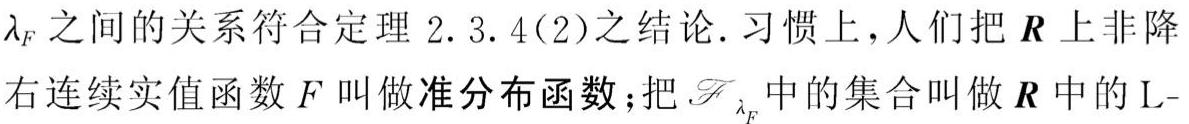
$\lambda_F$ 之间的关系符合定理 2.3.4(2)之结论. 习惯上, 人们把 $\boldsymbol{R}$ 上非降右连续实值函数 $F$ 叫做准分布函数; 把 $\mathscr{F}_{\lambda_F}$ 中的集合叫做 $\boldsymbol{R}$ 中的 L-